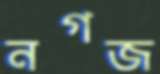
নগজ